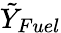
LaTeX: \tilde{Y}_{Fuel}